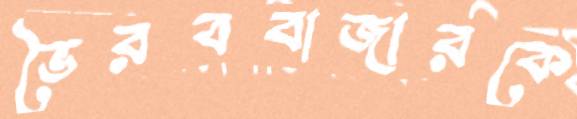
ভৈরববাজারকে